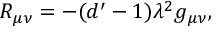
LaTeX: R _ { \mu \nu } = - ( d ^ { \prime } - 1 ) \lambda ^ { 2 } g _ { \mu \nu } ,